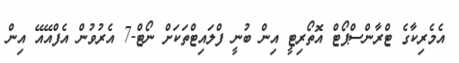
އެމެރިކާގެ ޓްރާންސްޕޯޓް އޮތޯރިޓީ އިން ބުނީ ފްލައިޓްތަކަށް ނޯޓް-7 އެރުވުން އެފްއޭއޭ އިން